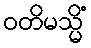
ဝတိမသ္မိံ